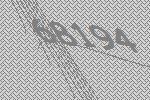
68194